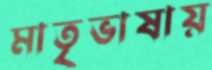
মাতৃভাষায়